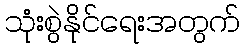
သုံးစွဲနိုင်ရေးအတွက်